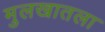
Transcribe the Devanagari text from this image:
मुलखातला